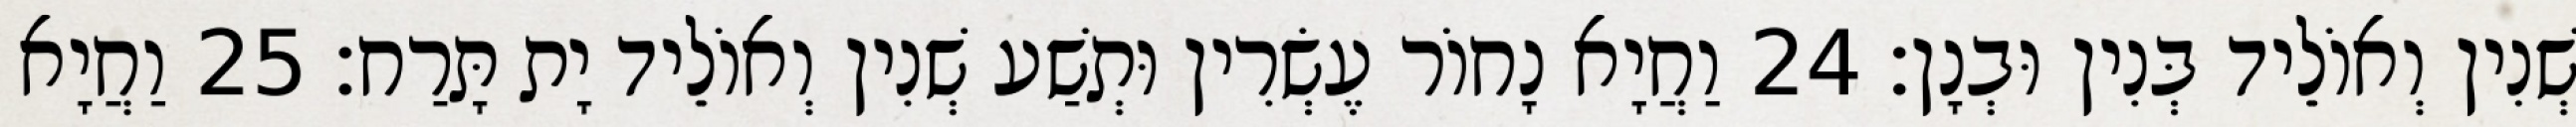
שְׁנִין וְאוֹלֵיד בְּנִין וּבְנָן׃ 24 וַחֲיָא נָחוֹר עֶשְׂרִין וּתְשַׁע שְׁנִין וְאוֹלֵיד יָת תָּרַח׃ 25 וַחֲיָא